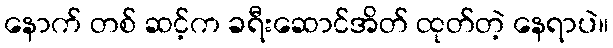
နောက် တစ် ဆင့်က ခရီးဆောင်အိတ် ထုတ်တဲ့ နေရာပဲ။